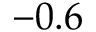
- 0 . 6